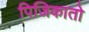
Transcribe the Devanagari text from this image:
पिजिकातो